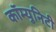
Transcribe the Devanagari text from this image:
कॉम्‍युनिटी